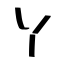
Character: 丫